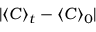
\vert \langle C \rangle _ { t } - \langle C \rangle _ { 0 } \vert